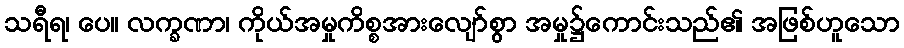
သရီရ၊ ပေ။ လက္ခဏာ၊ ကိုယ်အမှုကိစ္စအားလျော်စွာ အမှု၌ကောင်းသည်၏ အဖြစ်ဟူသော